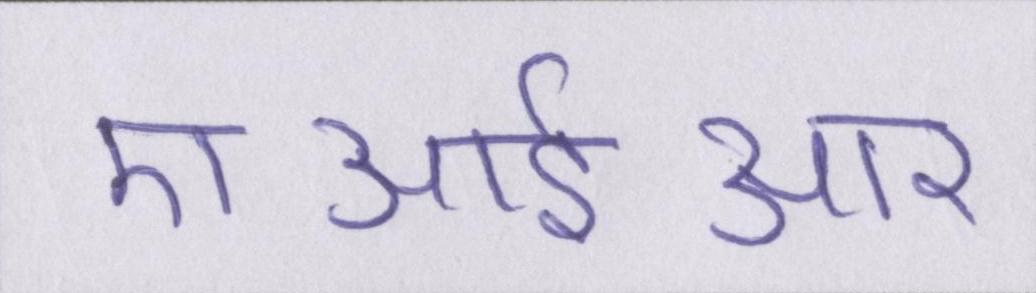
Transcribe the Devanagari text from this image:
एआईआर